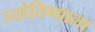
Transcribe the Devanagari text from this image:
ज्योतिष्याला